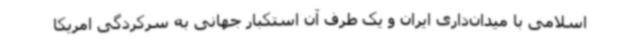
اسلامی با میدان‌داری ایران و یک طرف آن استکبار جهانی به سرکردگی امریکا